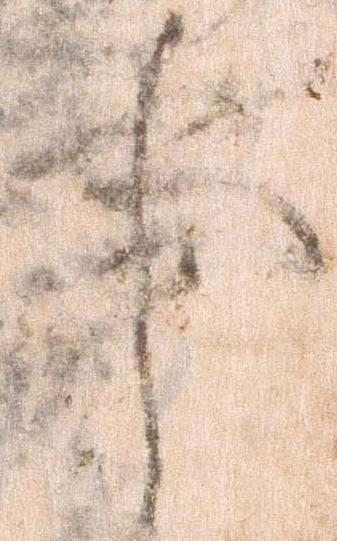
事